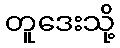
တူဒေးသို့